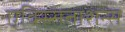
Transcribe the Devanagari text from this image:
एक्स्सिताशन्स